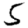
Digit: 5